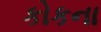
કોકના